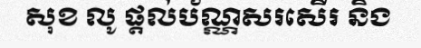
សុខ លូ ផ្តល់ប័ណ្ណសរសើរ និង